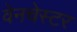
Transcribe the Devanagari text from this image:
वेनचेस्टर